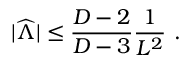
| { \widehat \Lambda } | \leq { \frac { D - 2 } { D - 3 } } { \frac { 1 } { L ^ { 2 } } } ~ .